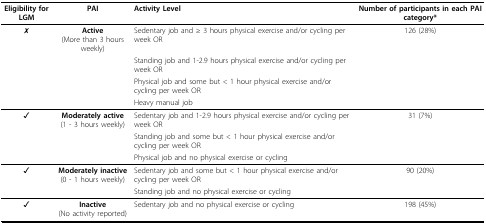
| Eligibility for LGM | PAI | Activity Level | Number of participants in each PAI category* |
 | --- | --- | --- | --- |
 | ✗ | Active(More than 3 hours weekly) | Sedentary job and ≥ 3 hours physical exercise and/or cycling per week OR | 126 (28%) |
 |  |  | Standing job and 1-2.9 hours physical exercise and/or cycling per week OR |  |
 |  |  | Physical job and some but < 1 hour physical exercise and/or cycling per week OR |  |
 |  |  | Heavy manual job |  |
 | ✓ | Moderately active(1 - 3 hours weekly) | Sedentary job and 1-2.9 hours physical exercise and/or cycling per week OR | 31 (7%) |
 |  |  | Standing job and some but < 1 hour physical exercise and/or cycling per week OR |  |
 |  |  | Physical job and no physical exercise or cycling |  |
 | ✓ | Moderately inactive(0 - 1 hours weekly) | Sedentary job and some but < 1 hour physical exercise and/or cycling per week OR | 90 (20%) |
 |  |  | Standing job and no physical exercise or cycling |  |
 | ✓ | Inactive(No activity reported) | Sedentary job and no physical exercise or cycling | 198 (45%) |